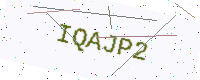
Text: IQAJP2